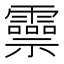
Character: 𬰑